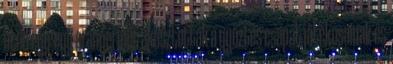
után egy-egy aranyérmet akasztottak a győztes csapat játékosainak és